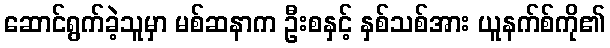
ဆောင်ရွက်ခဲ့သူမှာ မစ်ဆနာက ဦးစနှင့် နှစ်သစ်အား ယူနက်စ်ကို၏